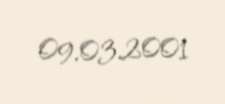
09.03.2001